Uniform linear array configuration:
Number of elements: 16
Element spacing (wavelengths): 0.5
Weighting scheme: hann
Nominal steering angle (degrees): -45
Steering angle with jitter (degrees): -44.106
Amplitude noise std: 0.05
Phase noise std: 0.05

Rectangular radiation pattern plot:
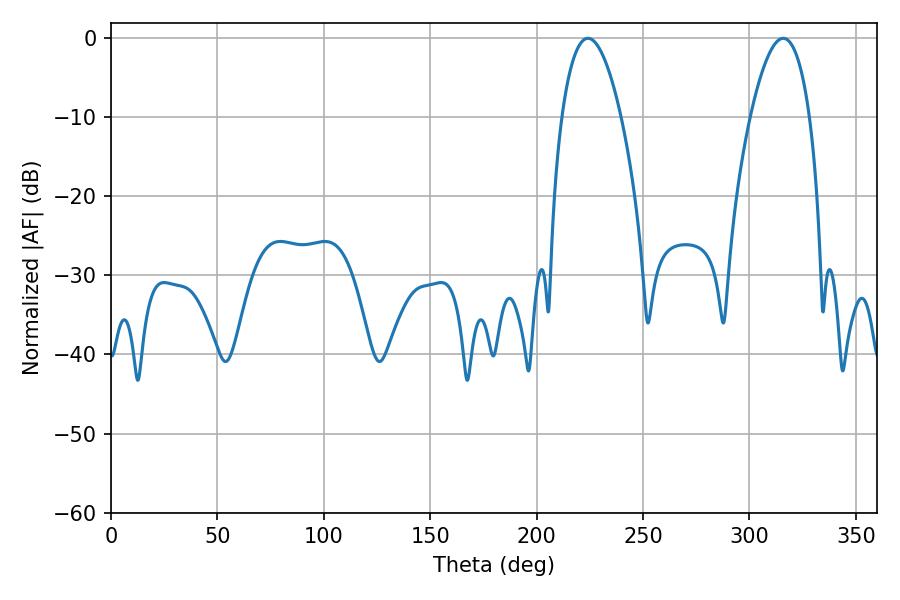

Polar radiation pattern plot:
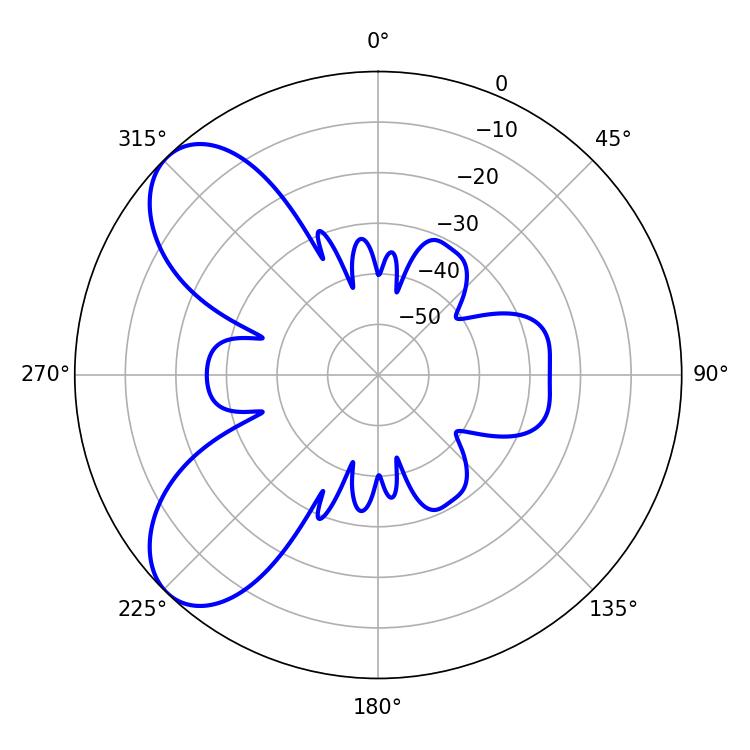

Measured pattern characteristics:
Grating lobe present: FALSE
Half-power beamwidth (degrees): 15.48
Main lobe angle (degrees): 315.9